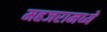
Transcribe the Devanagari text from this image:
महजरामध्ये